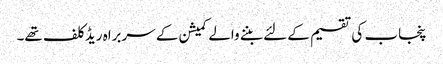
پنجاب کی تقسیم کے لئے بننے والے کمیشن کے سربراہ ریڈ کلف تھے۔